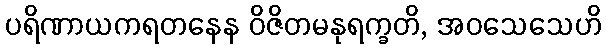
ပရိဏာယကရတနေန ဝိဇိတမနုရက္ခတိ, အဝသေသေဟိ